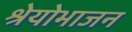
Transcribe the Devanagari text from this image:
श्रेयोभाजन